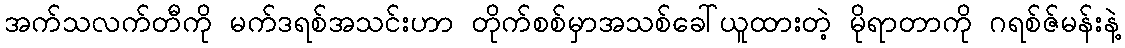
အက်သလက်တီကို မက်ဒရစ်အသင်းဟာ တိုက်စစ်မှာအသစ်ခေါ်ယူထားတဲ့ မိုရာတာကို ဂရစ်ဇ်မန်းနဲ့